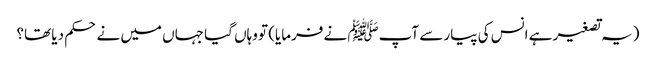
(یہ تصغیر ہے انس کی پیار سے آپﷺ نے فرمایا) تو وہاں گیا جہاں میں نے حکم دیا تھا؟